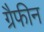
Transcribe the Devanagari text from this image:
ग्रैफीन